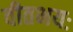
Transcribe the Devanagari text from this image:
वीतभयः